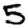
Digit: 5